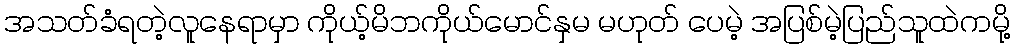
အသတ်ခံရတဲ့လူနေရာမှာ ကိုယ့်မိဘကိုယ်မောင်နှမ မဟုတ် ပေမဲ့ အပြစ်မဲ့ပြည်သူထဲကမို့